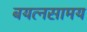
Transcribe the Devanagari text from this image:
बयत्नसामय